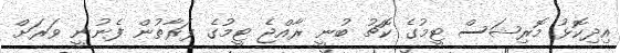
އިދިކޮޅު މޮރިޝަސް ޓީމުގެ ކޮޗު ބުނީ ރާއްޖެ ޓީމުގެ ފަރާތުން ފެނުނީ ވަރަށް